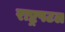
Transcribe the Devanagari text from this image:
राष्ट्रपटल